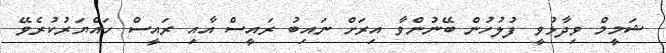
ޝަމީމް ވިދާޅުވީ ފުލުހުން ބޭނުންވާ އިރަށް ނައިބު ރައީސް އާއި ރައީސް ހައްޔަރުކުރެވޭ